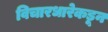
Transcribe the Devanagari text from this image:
विचारधारेकडून